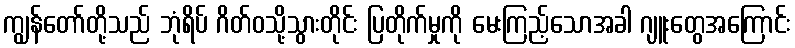
ကျွန်တော်တို့သည် ဘုံရိပ် ဂိတ်ဝသို့သွားတိုင်း ပြတိုက်မှုကို မေးကြည့်သောအခါ ဂျူးတွေအကြောင်း